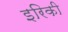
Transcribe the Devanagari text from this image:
इरिकी